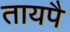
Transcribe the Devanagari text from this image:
तायपै